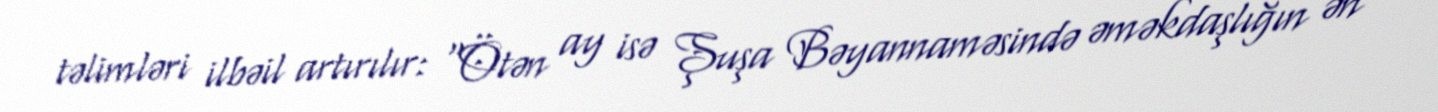
təlimləri ilbəil artırılır: “Ötən ay isə Şuşa Bəyannaməsində əməkdaşlığın ən